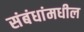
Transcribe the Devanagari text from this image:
संबंधांमधील